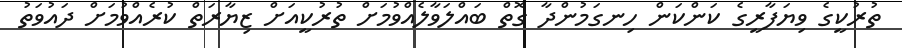
ތުރުކީގެ ވިޔަފާރީގެ ކަންކަން ހިނގަމުންދާ ގޮތް ބައްލަވާލެއްވުމަށް ތުރުކީއަށް ޒިޔާރަތް ކުރެއްވުމަށް ދައުވަތު